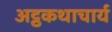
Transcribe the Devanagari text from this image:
अट्ठकथाचार्य